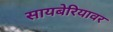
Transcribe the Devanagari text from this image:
सायबेरियावर